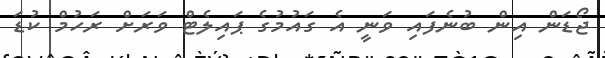
ޖޯޑަން އިން ބުނެފައި ވަނީ އެ ގައުމުގެ ޕައިލެޓް ވަރަށް ރަހުމް ކުޑަ